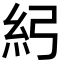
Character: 𥾏